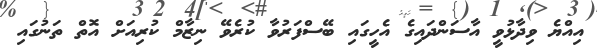
އިއްޔެ ވިދާޅުވީ އާސަންދައިގެ އެހީގައި ބޭސްފަރުވާ ކުރެވޭ ނިޒާމް ކުރިއަށް އޮތް ތަނުގައި